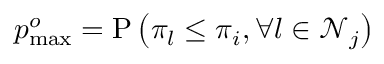
p _ { \operatorname* { m a x } } ^ { o } = \mathrm { P } \left( \pi _ { l } \leq \pi _ { i } , \forall l \in \mathcal { N } _ { j } \right)